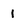
Character: 1